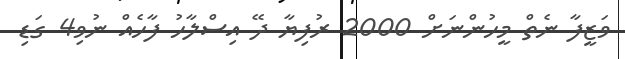
ވަޒީފާ ނެތް މީހުންނަށް 2000 ރުފިޔާ ދޭ އިސްލާހު ފާހެއް ނުވި4 ގަޑި